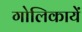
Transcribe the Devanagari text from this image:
गोलिकायें